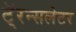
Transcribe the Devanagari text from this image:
टॅ्रन्सलेटर